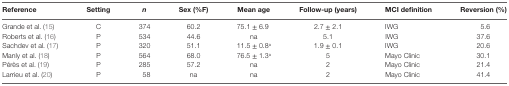
| Reference | Setting | n | Sex (%F) | Mean age | Follow-up (years) | MCI definition | Reversion (%) |
 | --- | --- | --- | --- | --- | --- | --- | --- |
 | Grande et al. (15) | C | 374 | 60.2 | 75.1 ± 6.9 | 2.7 ± 2.1 | IWG | 5.6 |
 | Roberts et al. (16) | P | 534 | 44.6 | na | 5.1 | IWG | 37.6 |
 | Sachdev et al. (17) | P | 320 | 51.1 | 11.5 ± 0.8a | 1.9 ± 0.1 | IWG | 20.6 |
 | Manly et al. (18) | P | 564 | 68.0 | 76.5 ± 1.3a | 5 | Mayo Clinic | 30.1 |
 | Pérès et al. (19) | P | 285 | 57.2 | na | 2 | Mayo Clinic | 21.4 |
 | Larrieu et al. (20) | P | 58 | na | na | 2 | Mayo Clinic | 41.4 |